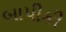
બાપીકી